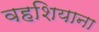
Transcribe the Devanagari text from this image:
वहशियाना